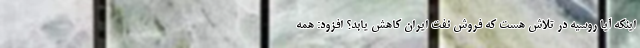
اینکه آیا روسیه در تلاش هست که فروش نفت ایران کاهش یابد؟ افزود: همه